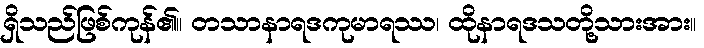
ရှိသည်ဖြစ်ကုန်၏။ တသာနာရဒကုမာရဿ၊ ထိုနာရဒသတို့သားအား။